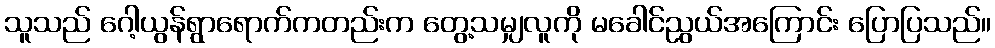
သူသည် ဂေါ့ယွန်ရွာရောက်ကတည်းက တွေ့သမျှလူကို မခေါင်ညွယ်အကြောင်း ပြောပြသည်။